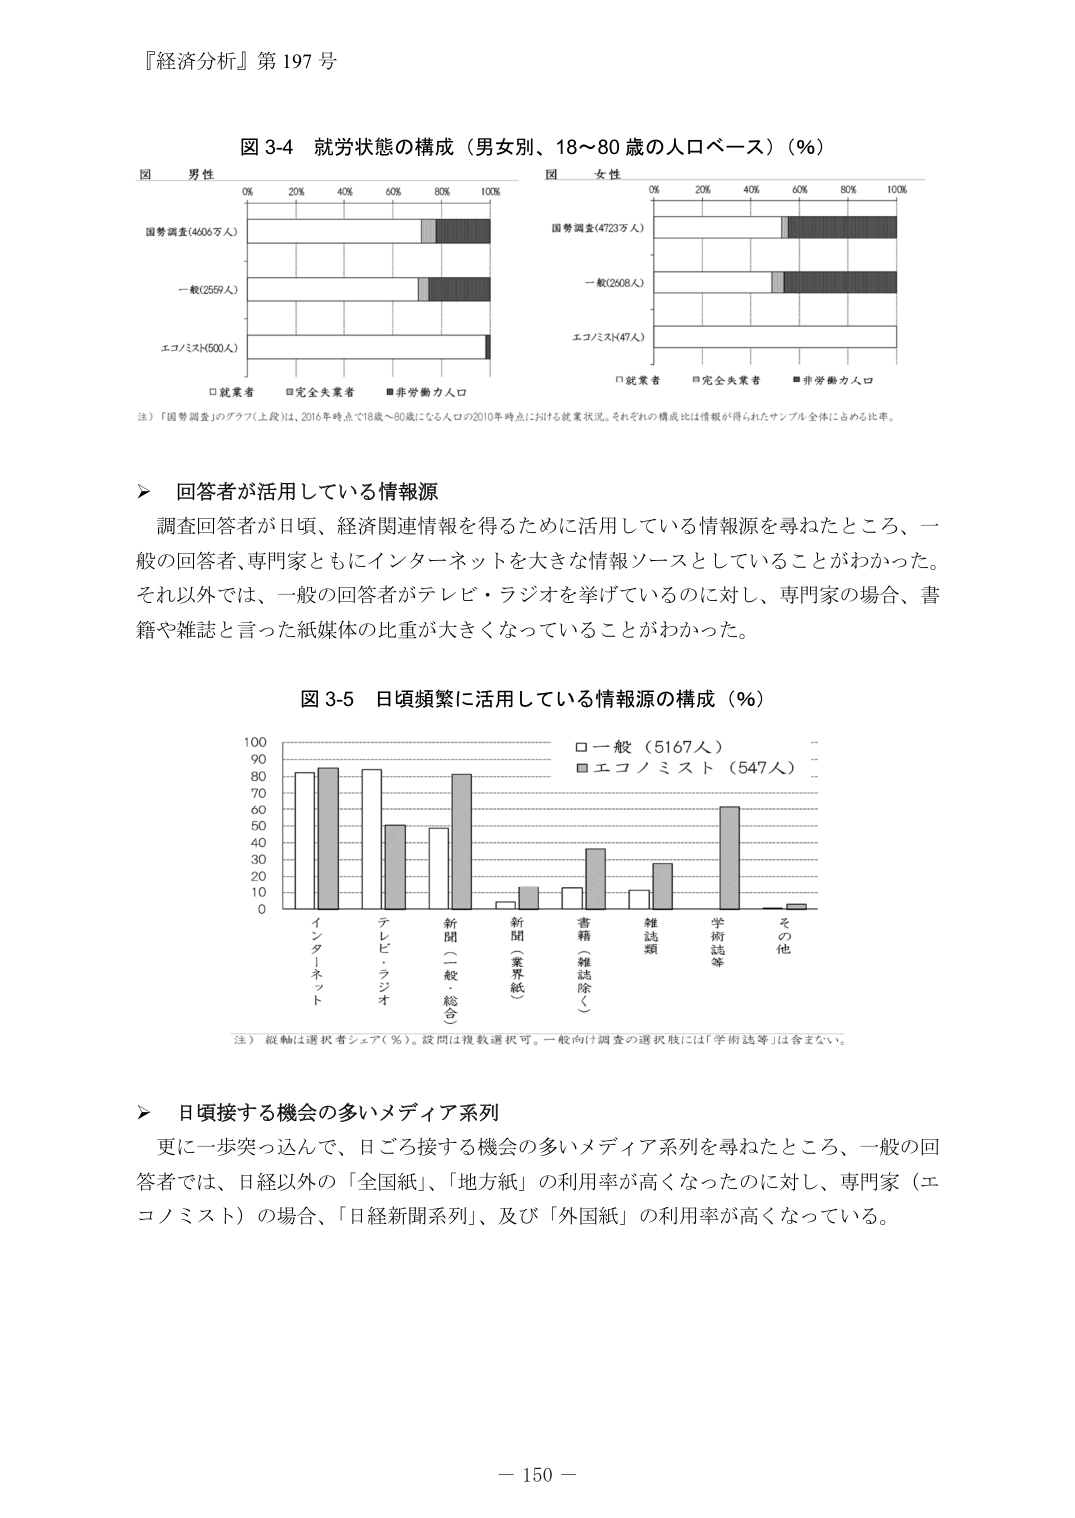
『経済分析』第197号

図3-4 就労状態の構成（男女別、18～80歳の人口ベース）（％）

図 男性
0% 20% 40% 60% 80% 100%
国勢調査（4606万人）
一般（2559人）
エコノミスト（500人）
□就業者 □完全失業者 ■非労働力人口

図 女性
0% 20% 40% 60% 80% 100%
国勢調査（4723万人）
一般（2608人）
エコノミスト（47人）
□就業者 □完全失業者 ■非労働力人口

注）「国勢調査」のグラフ（上段）は、2016年時点で18歳～80歳になる人口の2010年時点における就業状況。それぞれの構成比は情報が得られたサンプル全体に占める比率。

▶ 回答者が活用している情報源
調査回答者が日頃、経済関連情報を得るために活用している情報源を尋ねたところ、一般の回答者、専門家ともにインターネットを大きな情報ソースとしていることがわかった。それ以外では、一般の回答者がテレビ・ラジオを挙げているのに対し、専門家の場合、書籍や雑誌と言った紙媒体の比重が大きくなっていることがわかった。

図3-5 日頃頻繁に活用している情報源の構成（％）

100
90
80
70
60
50
40
30
20
10
0

□一般（5167人）
■エコノミスト（547人）

インターネット
テレビ・ラジオ
新聞（一般・総合）
新聞（業界紙）
書籍（雑誌除く）
雑誌類
学術誌等
その他

注）縦軸は選択者シェア（％）。設問は複数選択可。一般向け調査の選択肢には「学術誌等」は含まない。

▶ 日頃接する機会の多いメディア系列
更に一歩突っ込んで、日ごろ接する機会の多いメディア系列を尋ねたところ、一般の回答者では、日経以外の「全国紙」、「地方紙」の利用率が高くなったのに対し、専門家（エコノミスト）の場合、「日経新聞系列」、及び「外国紙」の利用率が高くなっている。

－150－